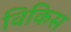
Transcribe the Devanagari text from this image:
विकिस